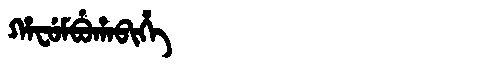
Manchu: ᡥᠠᠸᡠᠮᠪᡠᡥᠠᠪᡳᡥᡝ
Romanization: HAFUMBUHABIHE